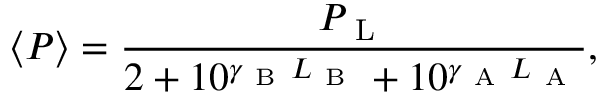
\left< P \right> = \frac { P _ { \mathrm { ~ L ~ } } } { 2 + 1 0 ^ { \gamma _ { \mathrm { ~ B ~ } } L _ { \mathrm { ~ B ~ } } } + 1 0 ^ { \gamma _ { \mathrm { ~ A ~ } } L _ { \mathrm { ~ A ~ } } } } ,